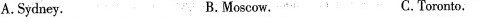
A.Sydney. B.Moscow. C.Toronto.